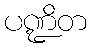
ပဏ္ဍိတ